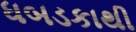
ધબડકાથી